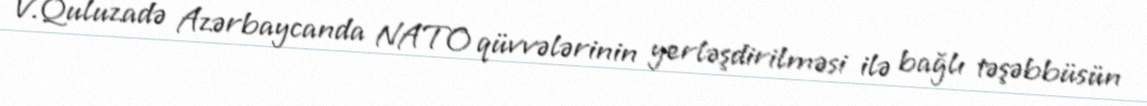
V.Quluzadə Azərbaycanda NATO qüvvələrinin yerləşdirilməsi ilə bağlı təşəbbüsün